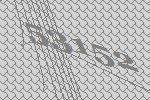
53152